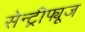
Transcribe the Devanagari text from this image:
सेन्ट्रीफ्यूज